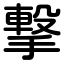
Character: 撃